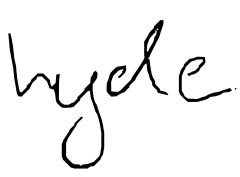
Text: Hyde
Cross-out: clean
Writing tool: digital_black